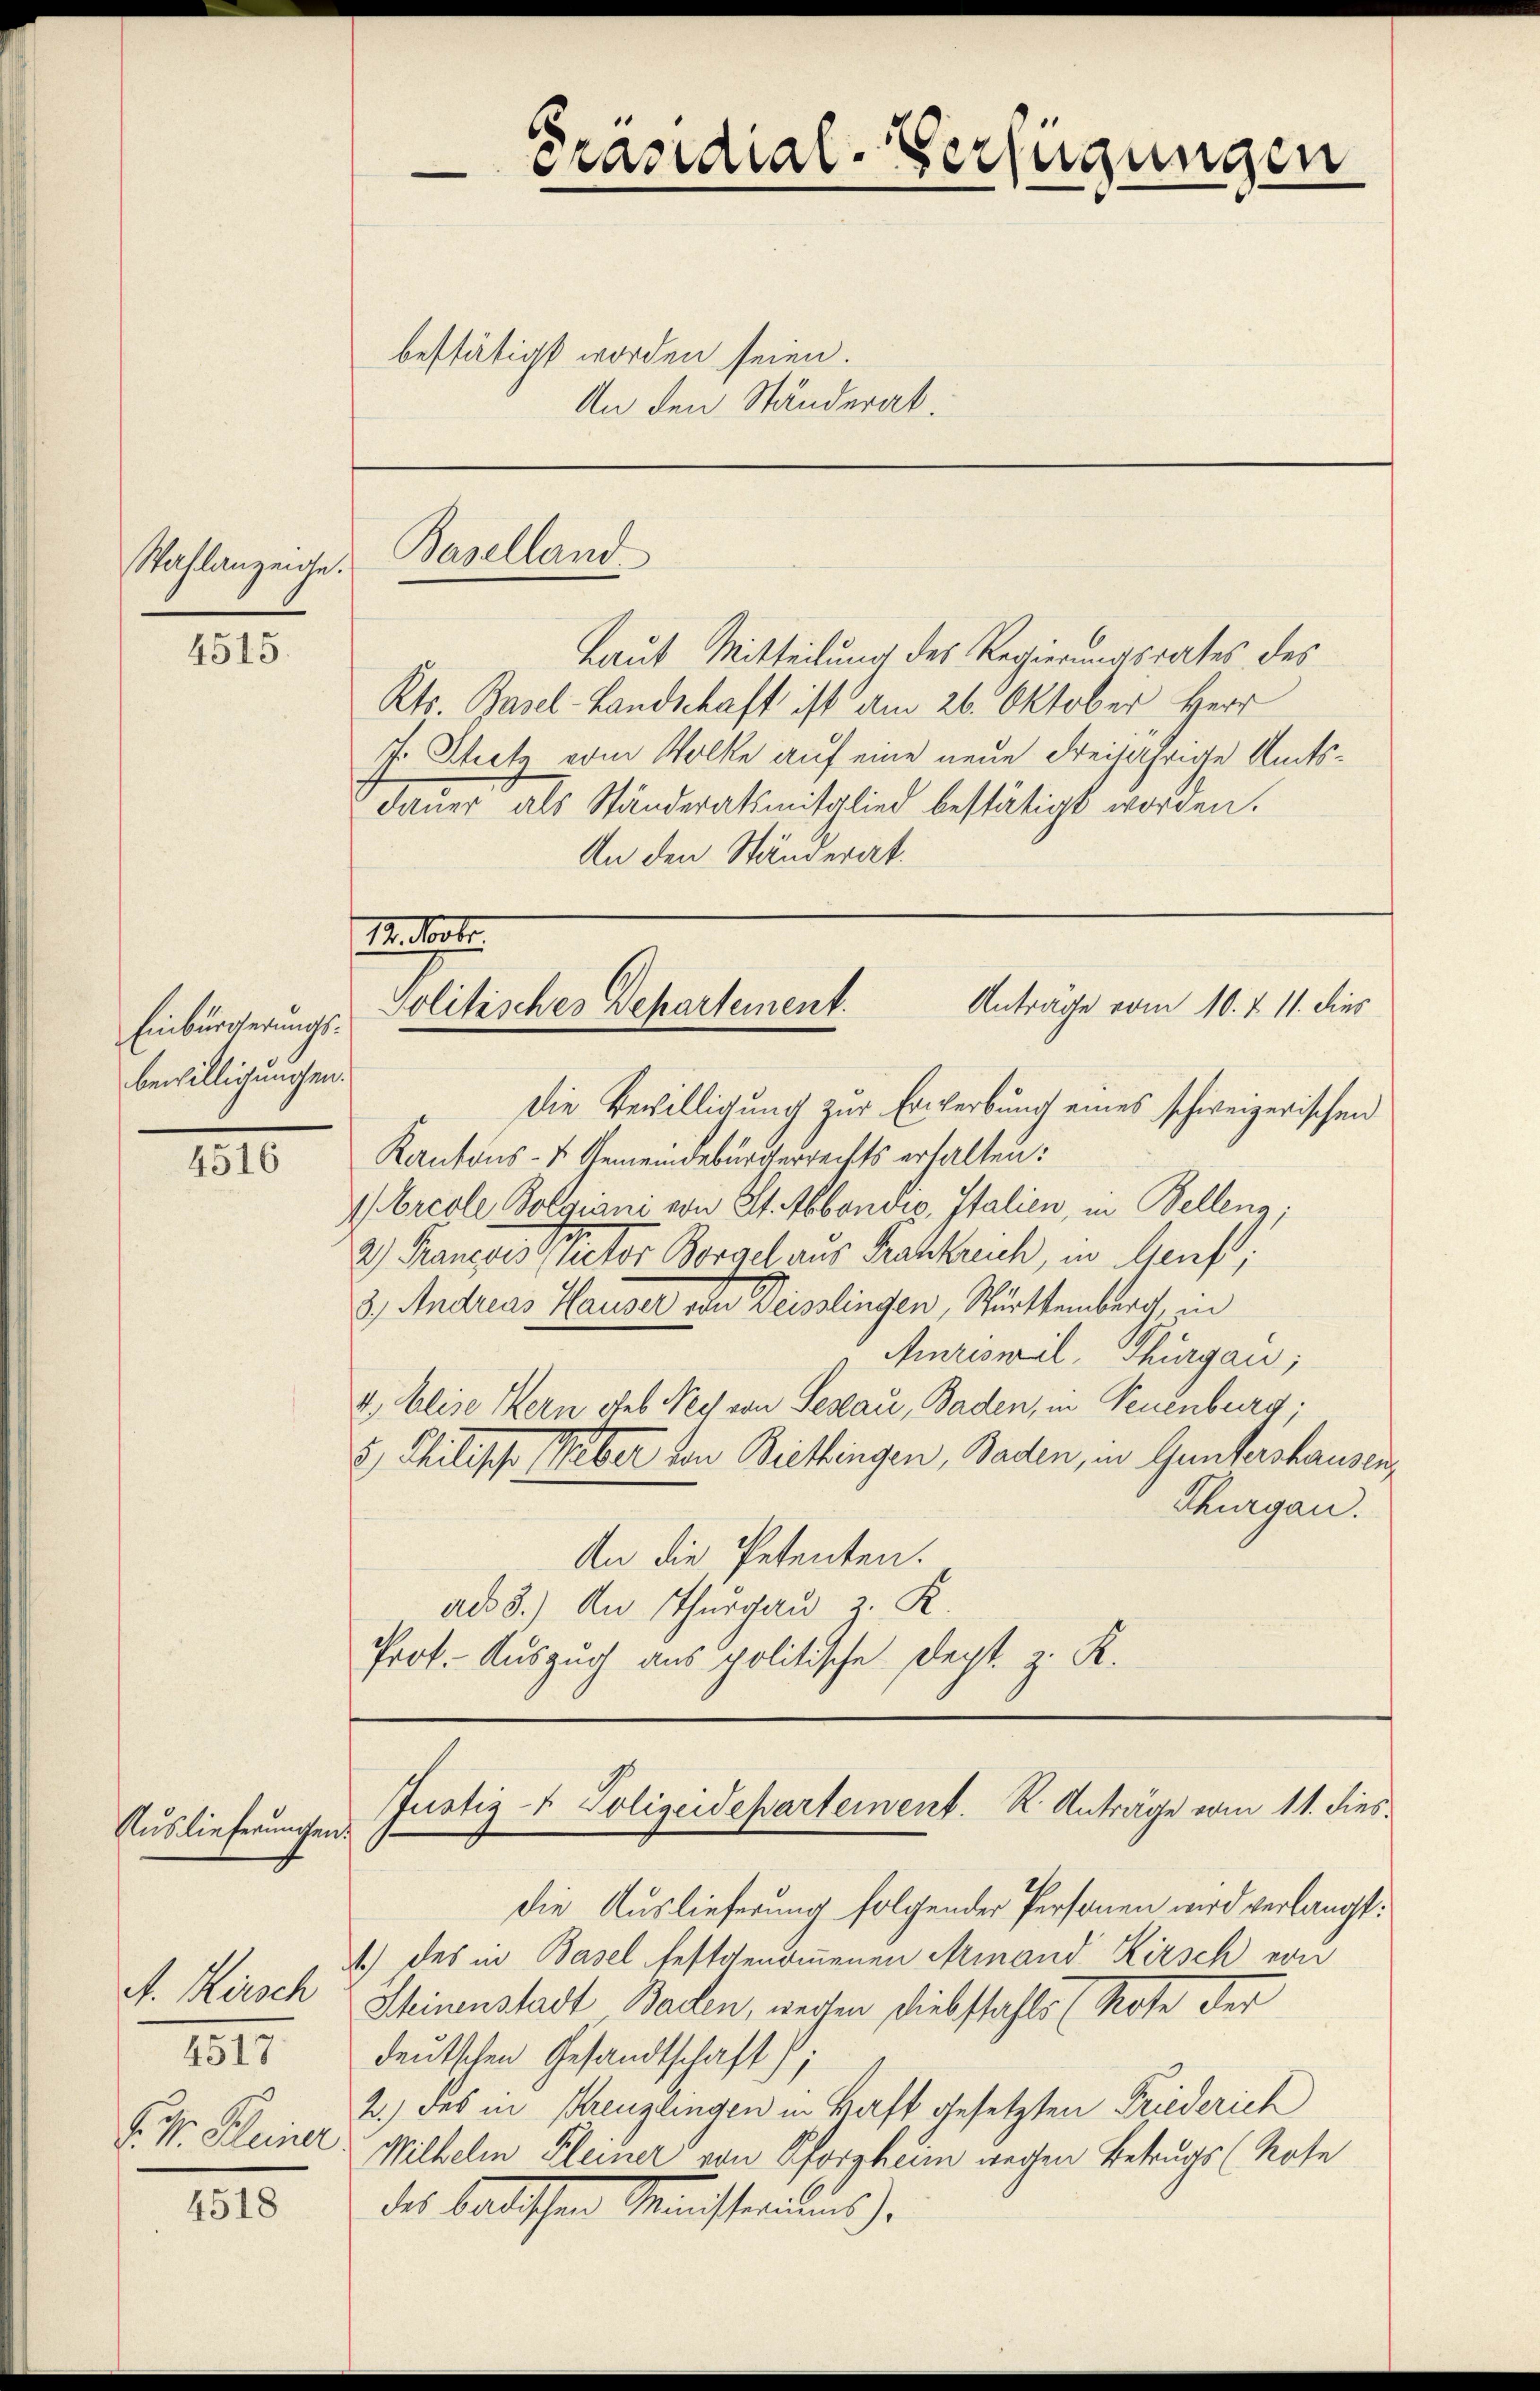
Wahlanzeige.

4515.

Einbürgerungsbewilligungen.

4516

Auslieferungen.

4518

A. Kirsch
4517
J. V. Kleiner

Präsidial-Verfügungen
e
bestätigt worden seien.

Baselland

12. Novbr
Anträge vom 10. d. 11. dies
Politisches Departement.

An den Ständerat.

Laut Mitteilung des Regierungsrates des
Kts. Basel-Landschaft ist am 26. Oktober Herr
J. Schutz vom Volke auf eine neue Freijährige Amtsdauer als Ständeratsmitglied bestätigt worden.
An den Ständerat.

Die Bewilligung zur Erwerbung eines schweizerischen
Kantons- & Gemeindebürgerrechts erhalten:
Orcole Folgiani von St. Abbonoro, Italien, in Belleng;
2) Kantons Rector Borael aus Krankreich, in Genf,
3.) Andreas Hauser von Deisslingen, Württemberg, in
Amriswil, Thurgau;
4.) Elise Kern des Nach von Seslau, Baden, in Neuenburg;
 Philische Weber von Biettingen, Baden, in Guntershausen,
Thurgau.
An die Petenten.
ad 3.) An Thurgau 2. K.
Prot. Auszug aus politische Dept. z. K.

die Auslieferung folgender Personen wird verlangt.
1.) des in Basel festgenommenen Armand Kirsch von
Seinenstadt Baden, weisen Diebstahls (Note der
deutschen Gesandtschaft);
2.) des in Kreuzlingen in Haft gesetzten Friederich
Wilhelm Kleiner von Pforzheim wegen Betrugs (Kote
des bastischen Ministerius,

Justiz- & Polizeidepartement. K. Anträge vom 11. dies